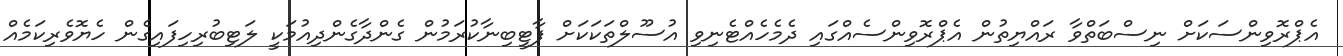
އެޕްރޮވިންސަކަށް ނިސްބަތްވާ ރައްޔިތުން އެޕްރޮވިންސެއްގައި ދެމެހެއްޓެނިވި އުސޫލްތަކަކަށް ފާޓީބިނާކުރަމުން ގެންދާގެންދިއުމަކީ ލަޓިބުރިހިފައިގެން ހެޔޮވެރިކަމެއް